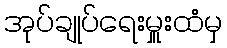
အုပ်ချုပ်ရေးမှူးထံမှ